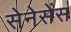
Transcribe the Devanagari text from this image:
सेनेसेंस